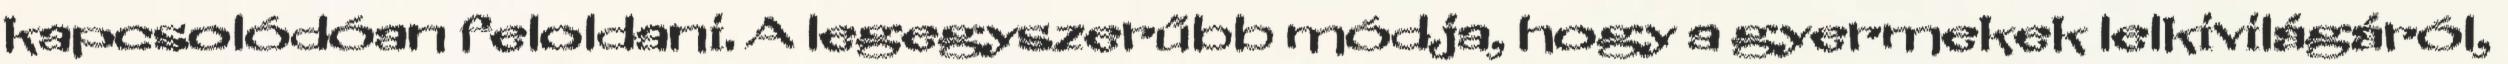
kapcsolódóan feloldani. A legegyszerűbb módja, hogy a gyermekek lelkivilágáról,